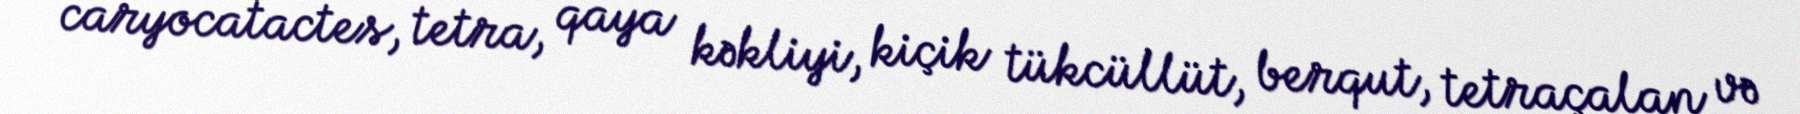
caryocatactes, tetra, qaya kəkliyi, kiçik tükcüllüt, berqut, tetraçalan və